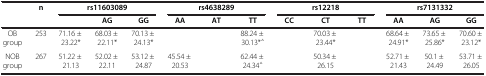
<table><thead><tr><td rowspan="2">[EMPTY_CELL]</td><td rowspan="2"><b>n</b></td><td colspan="3"><b>rs11603089</b></td><td colspan="3"><b>rs4638289</b></td><td colspan="3"><b>rs12218</b></td><td colspan="3"><b>rs7131332</b></td></tr><tr><td>[EMPTY_CELL]</td><td><b>AG</b></td><td><b>GG</b></td><td><b>AA</b></td><td><b>AT</b></td><td><b>TT</b></td><td><b>CC</b></td><td><b>CT</b></td><td><b>TT</b></td><td><b>AA</b></td><td><b>AG</b></td><td><b>GG</b></td></tr></thead><tbody><tr><td>OB group</td><td>253</td><td>71.16 ± 23.22*</td><td>68.03 ± 22.11*</td><td>70.13 ± 24.13*</td><td>[EMPTY_CELL]</td><td>[EMPTY_CELL]</td><td>88.24 ± 30.13*<sup>△</sup></td><td>[EMPTY_CELL]</td><td>70.03 ± 23.44*</td><td>[EMPTY_CELL]</td><td>68.64 ± 24.91*</td><td>73.65 ± 25.86*</td><td>70.60 ± 23.12*</td></tr><tr><td>NOB group</td><td>267</td><td>51.22 ± 21.13</td><td>52.02 ± 22.11</td><td>53.12 ± 24.87</td><td>45.54 ± 20.53</td><td>[EMPTY_CELL]</td><td>62.44 ± 24.34<sup>△</sup></td><td>[EMPTY_CELL]</td><td>50.34 ± 26.15</td><td>[EMPTY_CELL]</td><td>52.71 ± 21.43</td><td>50.1 ± 24.49</td><td>53.71 ± 26.05</td></tr></tbody></table>